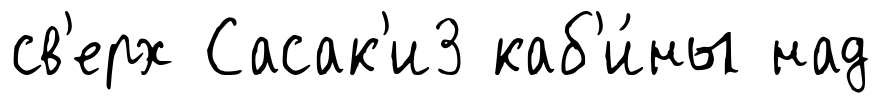
св'ерх Сасак'и3 каб'и́ны над